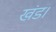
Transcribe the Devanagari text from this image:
खंड।